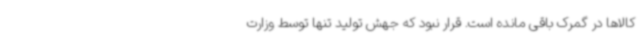
کالاها در گمرک باقی مانده است. قرار نبود که جهش تولید تنها توسط وزارت